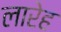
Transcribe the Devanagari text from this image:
लारेह